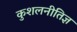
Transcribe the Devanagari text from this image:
कुशलनीतिज्ञ